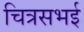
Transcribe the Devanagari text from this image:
चित्रसभई